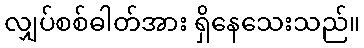
လျှပ်စစ်ဓါတ်အား ရှိနေသေးသည်။